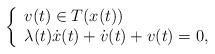
LaTeX: \begin{align*}\left\{\begin{array}{ll}v(t)\in T(x(t))\\\lambda(t)\dot x(t) + \dot v(t) + v(t)=0,\end{array}\right.\end{align*}